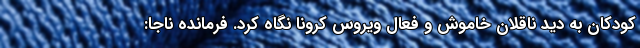
کودکان به دید ناقلان خاموش و فعال ویروس کرونا نگاه کرد. فرمانده ناجا: